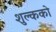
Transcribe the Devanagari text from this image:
शुल्कको